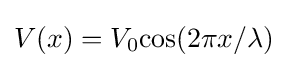
V(x)=V_{0}{\text{cos}}(2\pi x/\lambda )